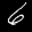
Label: 6